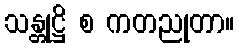
သန္တုဋ္ဌိ စ ကတညုတာ။